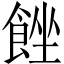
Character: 𩛠